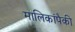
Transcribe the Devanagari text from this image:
मालिकांपैकी